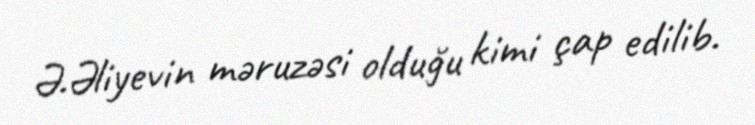
Ə.Əliyevin məruzəsi olduğu kimi çap edilib.